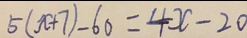
5 ( x + 7 ) - 6 0 = 4 x - 2 0